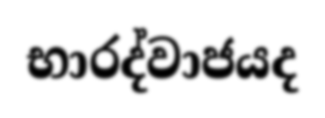
භාරද්වාජයද